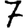
Digit: 7